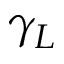
\gamma _ { L }